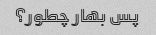
پس بهار چطور؟